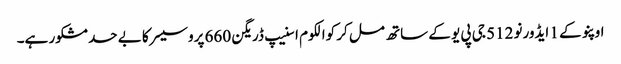
اوپنو کے 1 ایڈورنو 512 جی پی یو کے ساتھ مل کر کوالکوم اسنیپ ڈریگن 660 پروسیسر کا بے حد مشکور ہے۔